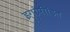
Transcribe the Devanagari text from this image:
इगोपीडित